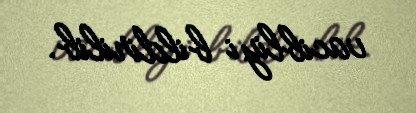
vacibliyi bildirilib.